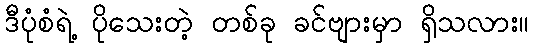
ဒီပုံစံရဲ့ ပိုသေးတဲ့ တစ်ခု ခင်ဗျားမှာ ရှိသလား။